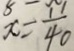
x = \frac { 1 1 } { 4 0 }